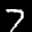
Label: 7